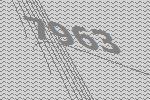
7963